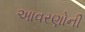
આવરણોની